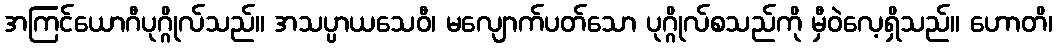
အကြင်ယောဂီပုဂ္ဂိုလ်သည်။ အသပ္ပာယသေဝီ၊ မလျောက်ပတ်သော ပုဂ္ဂိုလ်စသည်ကို မှီဝဲလေ့ရှိသည်။ ဟောတိ၊